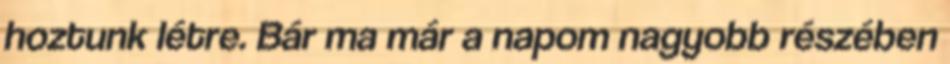
hoztunk létre. Bár ma már a napom nagyobb részében